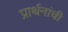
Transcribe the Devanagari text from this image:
प्रार्थनांची